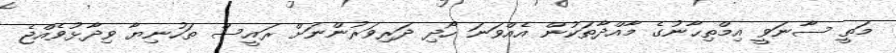
މަތީ ސާނަވީ އިމްތިޙާނުގެ މާއްދާތަކުން އެއްވަނަ ހޯދި ދަރިވަރުންނަށް ރައީސް ތަހުނިޔާ ވިދާޅުވެއްޖެ